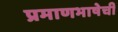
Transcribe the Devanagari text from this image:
प्रमाणभाषेची